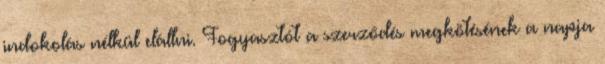
indokolás nélkül elállni. Fogyasztót a szerződés megkötésének a napja